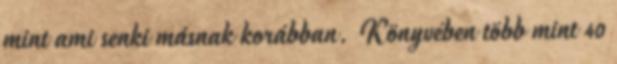
mint ami senki másnak korábban. Könyvében több mint 40